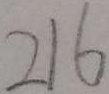
2 1 6